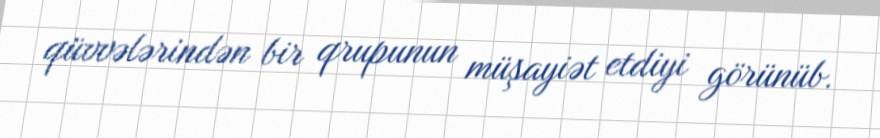
qüvvələrindən bir qrupunun müşayiət etdiyi görünüb.